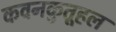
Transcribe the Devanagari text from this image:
कवनकुतूहल